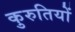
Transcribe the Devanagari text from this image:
कुरुतियों